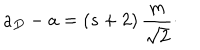
a _ { D } - a = ( s + 2 ) \, { \frac { m } { \sqrt { 2 } } } \cdotp